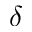
\delta